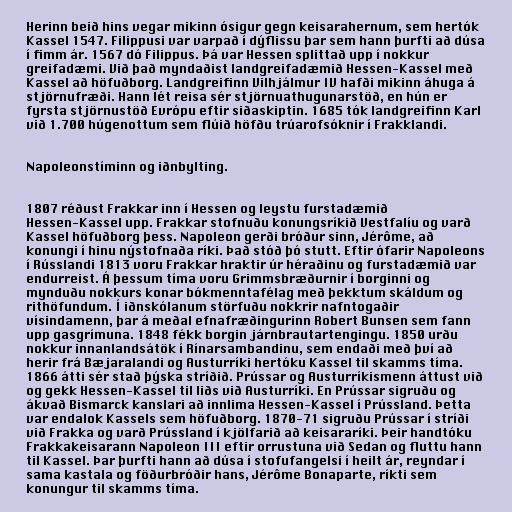
Herinn beið hins vegar mikinn ósigur gegn keisarahernum, sem hertók
Kassel 1547. Filippusi var varpað í dýflissu þar sem hann þurfti að dúsa
í fimm ár. 1567 dó Filippus. Þá var Hessen splittað upp í nokkur
greifadæmi. Við það myndaðist landgreifadæmið Hessen-Kassel með
Kassel að höfuðborg. Landgreifinn Vilhjálmur IV hafði mikinn áhuga á
stjörnufræði. Hann lét reisa sér stjörnuathugunarstöð, en hún er
fyrsta stjörnustöð Evrópu eftir siðaskiptin. 1685 tók landgreifinn Karl
við 1.700 húgenottum sem flúið höfðu trúarofsóknir í Frakklandi.

Napoleonstíminn og iðnbylting.

1807 réðust Frakkar inn í Hessen og leystu furstadæmið
Hessen-Kassel upp. Frakkar stofnuðu konungsríkið Vestfalíu og varð
Kassel höfuðborg þess. Napoleon gerði bróður sinn, Jérôme, að
konungi í hinu nýstofnaða ríki. Það stóð þó stutt. Eftir ófarir Napoleons
í Rússlandi 1813 voru Frakkar hraktir úr héraðinu og furstadæmið var
endurreist. Á þessum tíma voru Grimmsbræðurnir í borginni og
mynduðu nokkurs konar bókmenntafélag með þekktum skáldum og
rithöfundum. Í iðnskólanum störfuðu nokkrir nafntogaðir
vísindamenn, þar á meðal efnafræðingurinn Robert Bunsen sem fann
upp gasgrímuna. 1848 fékk borgin járnbrautartengingu. 1850 urðu
nokkur innanlandsátök í Rínarsambandinu, sem endaði með því að
herir frá Bæjaralandi og Austurríki hertóku Kassel til skamms tíma.
1866 átti sér stað þýska stríðið. Prússar og Austurríkismenn áttust við
og gekk Hessen-Kassel til liðs við Austurríki. En Prússar sigruðu og
ákvað Bismarck kanslari að innlima Hessen-Kassel í Prússland. Þetta
var endalok Kassels sem höfuðborg. 1870-71 sigruðu Prússar í stríði
við Frakka og varð Prússland í kjölfarið að keisararíki. Þeir handtóku
Frakkakeisarann Napoleon III eftir orrustuna við Sedan og fluttu hann
til Kassel. Þar þurfti hann að dúsa í stofufangelsi í heilt ár, reyndar í
sama kastala og föðurbróðir hans, Jérôme Bonaparte, ríkti sem
konungur til skamms tíma.